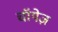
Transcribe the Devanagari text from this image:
चॉयेज़